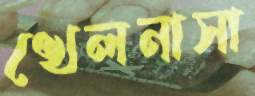
খেলনাসা